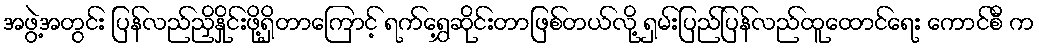
အဖွဲ့အတွင်း ပြန်လည်ညှိနှိုင်းဖို့ရှိတာကြောင့် ရက်ရွှေ့ဆိုင်းတာဖြစ်တယ်လို့ ရှမ်းပြည်ပြန်လည်ထူထောင်ရေး ကောင်စီ က